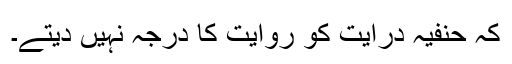
کہ حنفیہ درایت کو روایت کا درجہ نہیں دیتے۔